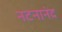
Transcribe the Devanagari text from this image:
नटनानंद